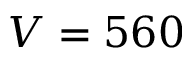
V = 5 6 0